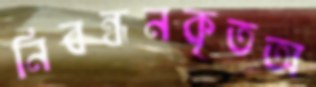
নিবন্ধনকৃতঅ